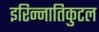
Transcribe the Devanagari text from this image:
इरिन्नातिकुटल